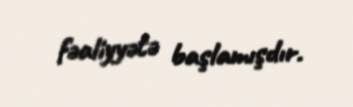
fəaliyyətə başlamışdır.